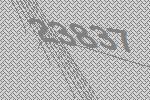
23837